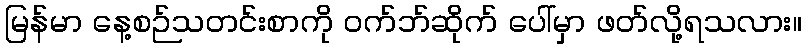
မြန်မာ နေ့စဉ်သတင်းစာကို ဝက်ဘ်ဆိုက် ပေါ်မှာ ဖတ်လို့ရသလား။